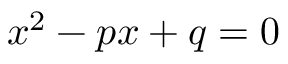
x ^ { 2 } - p x + q = 0